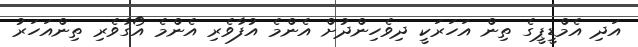
އަދި އެމްޑީޕީގެ ތިން އަހަރަކީ ދިވެހިންދުށް އެންމެ އުފާވެރި އެންމެ އޯގާވެރި ތިންއަހަރު